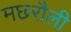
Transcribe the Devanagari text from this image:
मछरौली